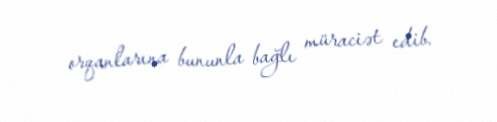
orqanlarına bununla bağlı müraciət edib.